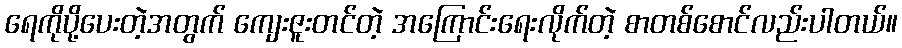
ရေကိုပို့ပေးတဲ့အတွက် ကျေးဇူးတင်တဲ့ အကြောင်းရေးလိုက်တဲ့ စာတစ်စောင်လည်းပါတယ်။